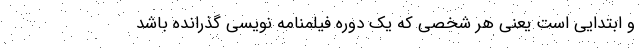
و ابتدایی است یعنی هر شخصی که یک دوره فیلمنامه نویسی گذرانده باشد